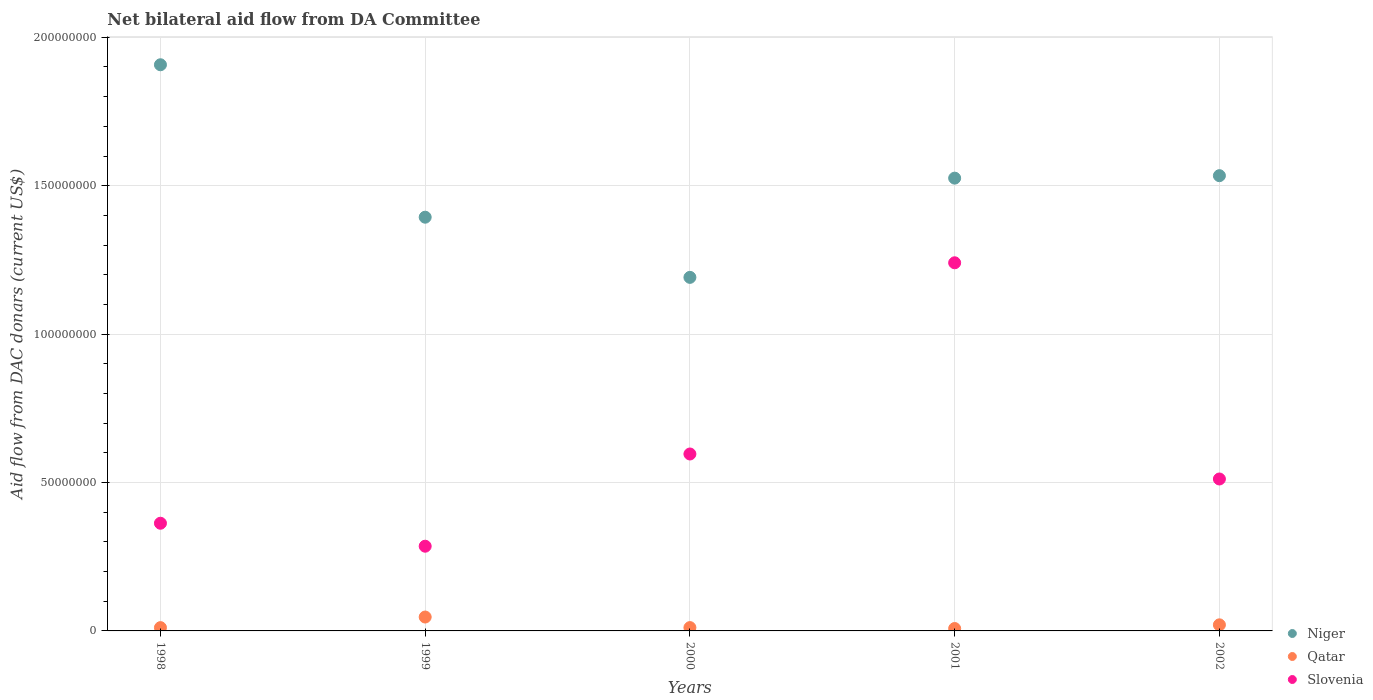
| Years | Niger | Qatar | Slovenia |
 | --- | --- | --- | --- |
 | 1998 | 1.91e+08 | 1.11e+06 | 3.63e+07 |
 | 1999 | 1.39e+08 | 4.68e+06 | 2.85e+07 |
 | 2000 | 1.19e+08 | 1.12e+06 | 5.96e+07 |
 | 2001 | 1.53e+08 | 8.1e+05 | 1.24e+08 |
 | 2002 | 1.53e+08 | 2.05e+06 | 5.12e+07 |